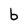
Character: b